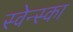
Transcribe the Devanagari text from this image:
स्वेन्स्का